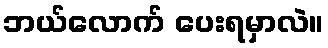
ဘယ်လောက် ပေးရမှာလဲ။